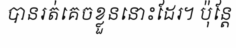
បានរត់គេចខ្លួននោះដែរ។ ប៉ុន្តែ